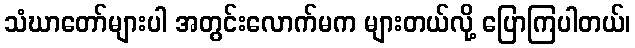
သံဃာတော်များပါ အတွင်းလောက်မက များတယ်လို့ ပြောကြပါတယ်၊